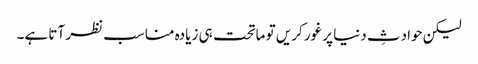
لیکن حوادثِ دنیا پر غور کریں تو ماتحت ہی زیادہ مناسب نظر آتا ہے۔